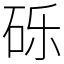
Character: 砾